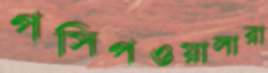
গসিপওয়ালারা